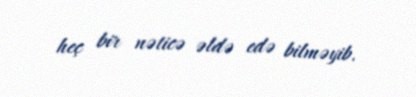
heç bir nəticə əldə edə bilməyib.